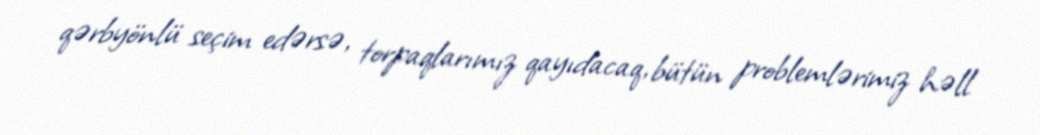
qərbyönlü seçim edərsə, torpaqlarımız qayıdacaq, bütün problemlərimiz həll